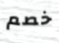
خصم